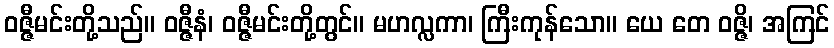
ဝဇ္ဇီမင်းတို့သည်။ ဝဇ္ဇီနံ၊ ဝဇ္ဇီမင်းတို့တွင်။ မဟလ္လကာ၊ ကြီးကုန်သော။ ယေ တေ ဝဇ္ဇိ၊ အကြင်